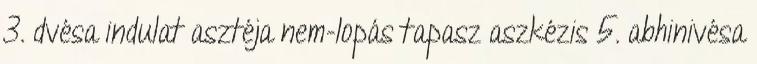
3. dvésa indulat asztéja nem-lopás tapasz aszkézis 5. abhinivésa